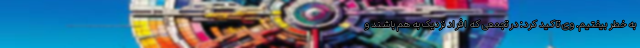
به خطر بیفتیم. وی تاکید کرد: در تجمعی که افراد نزدیک به هم باشند و